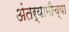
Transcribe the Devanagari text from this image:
अंतर्यामीच्या